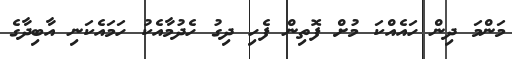
މަންމަ ދިން ހައެއްކަ މުށް ފޮތިން ފެހި ދިގު ހެދުމާއެކު ހަމައެކަނި އާބިދާގެ